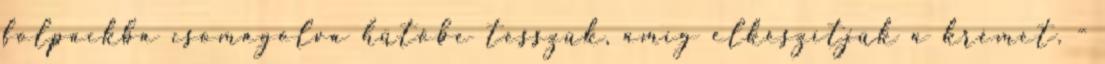
folpackba csomagolva hűtőbe tesszük, amíg elkészítjük a krémet. -